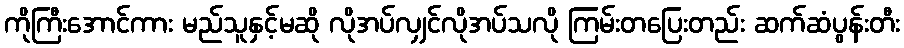
ကိုကြီးအောင်ကား မည်သူနှင့်မဆို လိုအပ်လျှင်လိုအပ်သလို ကြမ်းတပြေးတည်း ဆက်ဆံပွန်းတီး